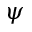
\psi